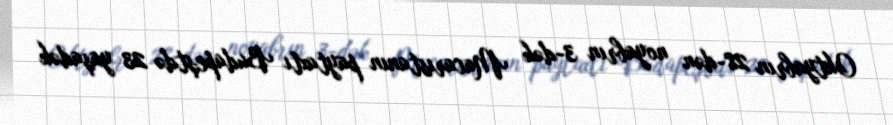
Oktyabrın 28-dən noyabrın 3-dək Macarıstanın paytaxtı Budapeştdə 23 yaşadək